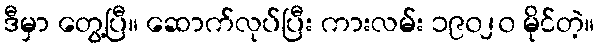
ဒီမှာ တွေ့ပြီ။ ဆောက်လုပ်ပြီး ကားလမ်း ၁၉၀၂၀ မိုင်တဲ့။